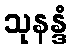
သုနန္ဒံ